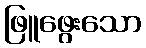
ဖြူဖွေးသော